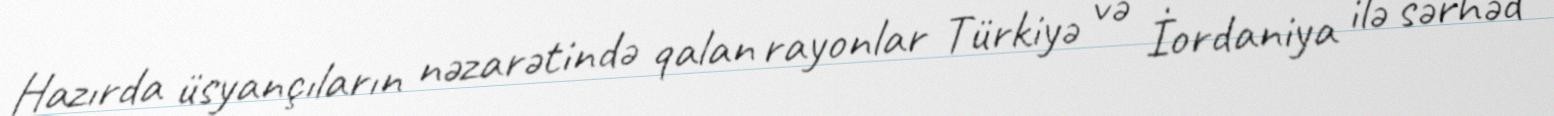
Hazırda üsyançıların nəzarətində qalan rayonlar Türkiyə və İordaniya ilə sərhəd